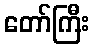
တော်ကြီး